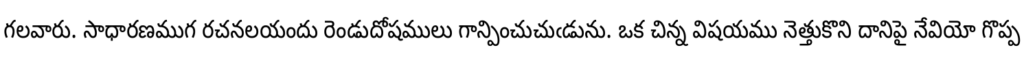
గలవారు. సాధారణముగ రచనలయందు రెండుదోషములు గాన్పించుచుఁడును. ఒక చిన్న విషయము నెత్తుకొని దానిపై నేవియో గొప్ప